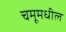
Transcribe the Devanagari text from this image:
चमूमधील